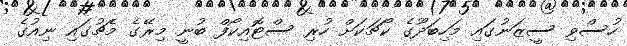
ހުސްވި ސީޒަނުގައި މަހިބަދޫގެ ކޯޗަކަށް ހުރި ސްޓޮއިކޯފް ބުނީ މިރޭގެ މެޗުގައި ނިއުގެ